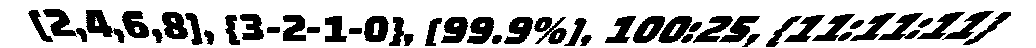
[2,4,6,8], {3-2-1-0}, [99.9%], 100:25, {11:11:11}